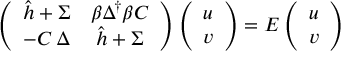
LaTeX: \left( \begin{array} { c c } { { \hat { h } + \Sigma } } & { { \beta \Delta ^ { \dagger } \beta C } } \\ { { - C \, \Delta } } & { { \hat { h } + \Sigma } } \end{array} \right) \left( \begin{array} { c } { { u } } \\ { { v } } \end{array} \right) = E \left( \begin{array} { c } { { u } } \\ { { v } } \end{array} \right)